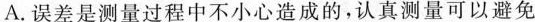
A.误差是测量过程中不小心造成的，认真测量可以避免